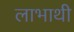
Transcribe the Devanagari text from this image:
लाभाथी